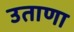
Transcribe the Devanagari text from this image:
उताणा